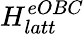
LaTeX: H_{latt}^{eOBC}